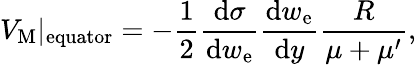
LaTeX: V_{\mathrm{M}}\vert_{\mathrm{equator}}=-\frac{1}{2}\frac{\mathrm{d}\sigma}{\mathrm{d}w_{\mathrm{e}}}\frac{\mathrm{d}w_{\mathrm{e}}}{\mathrm{d}y}\frac{R}{\mu+\mu^{\prime}},